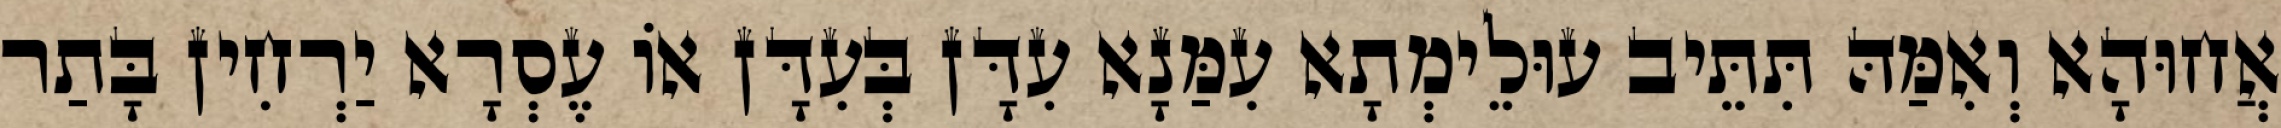
אֲחוּהָא וְאִמַּהּ תִּתֵּיב עוּלֵימְתָא עִמַּנָא עִדָּן בְּעִדָּן אוֹ עֶסְרָא יַרְחִין בָּתַר